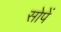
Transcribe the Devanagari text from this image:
सोपें